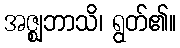
အဇ္ဈဘာသိ၊ ရွတ်၏။